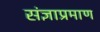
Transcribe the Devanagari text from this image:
संज्ञाप्रमाण